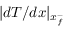
| d T / d x | _ { x _ { f } ^ { - } }